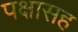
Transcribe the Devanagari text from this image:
पक्षासह